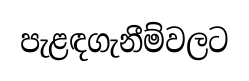
පැළඳගැනීම්වලට